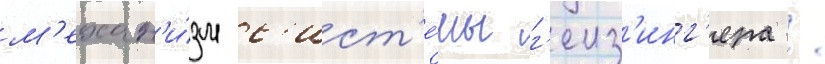
м'ехан'и́зм с'ист'е́мы г'еиз'инг'ера /